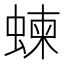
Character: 𧍴